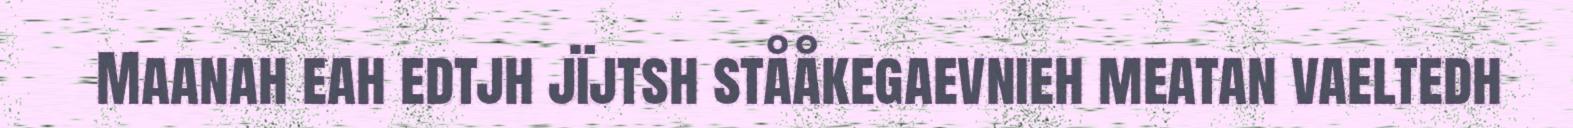
Maanah eah edtjh jïjtsh stååkegaevnieh meatan vaeltedh